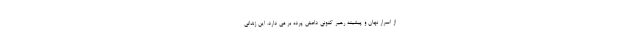
از اسرار نهان و پیشینه رهبر کنونی داعش پرده بر می دارد. این زندانی